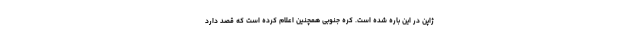
ژاپن در این باره شده است. کره جنوبی همچنین اعلام کرده است که قصد دارد